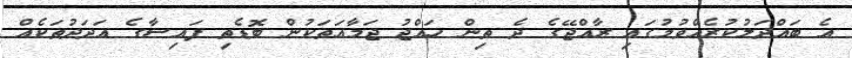
އެ ބައްދަލުކުރެއްވުމުގައި ރާއްޖޭގެ ދެ ތިން ހައްޖު ޖަމާއަތަކުން ބޮޑެތި ފައިސާގެ އަދަދުތަކެއް